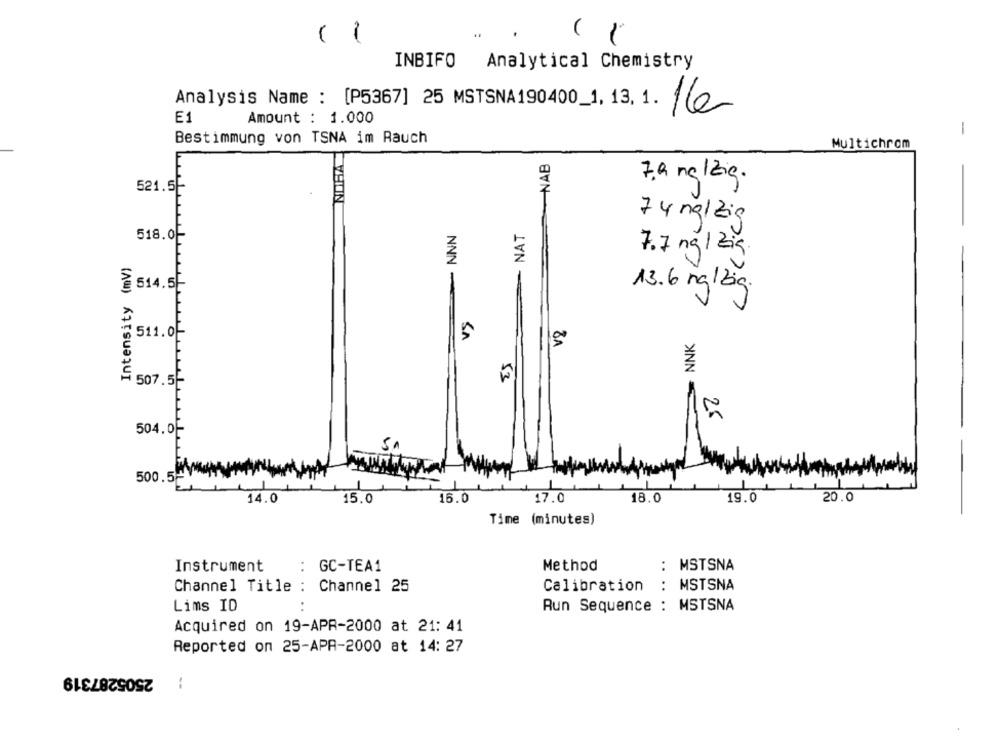
(
1
()
INBIFO Analytical Chemistry
Analysis Name : [P5367] 25 MSTSNA190400_1,13. 1. 16
E1
Amount : 1.000
1
Bestimmung von TSNA im Rauch
Multichrom
NOHA
NAB
7,9 ng /zig.
521.5E
74 ng/zig
- NNN
NAT
518.0-
7.7 ng /zia.
Intensity (mv)
-
514.5
13.6 mg/big.
v2
511.0
5
NNK
ES
507.5-
50
504.0-
500.5
18.0
20.0
14.0
15.0
16.0
17.0
19.0
Time (minutes)
Instrument
: GC-TEA1
Method
: MSTSNA
: MSTSNA
Channel Title : Channel 25
Calibration
Lims ID
Run Sequence : MSTSNA
Acquired on 19-APR-2000 at 21: 41
Reported on 25-APR-2000 at 14: 27
2505287319
: